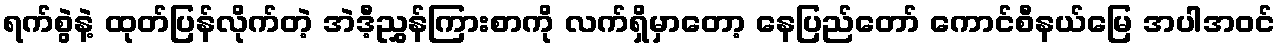
ရက်စွဲနဲ့ ထုတ်ပြန်လိုက်တဲ့ အဲဒီ့ညွှန်ကြားစာကို လက်ရှိမှာတော့ နေပြည်တော် ကောင်စီနယ်မြေ အပါအဝင်